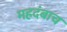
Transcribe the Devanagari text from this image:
महदंबाच